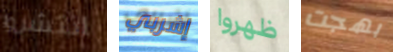
انتشروا إشربي ظهروا بهجت